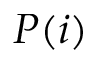
P ( i )